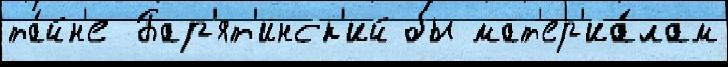
та́йн'е Бар'ят'инск'ий бы мат'ер'иа́лам